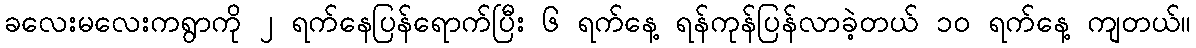
ခလေးမလေးကရွာကို ၂ ရက်နေပြန်ရောက်ပြီး ၆ ရက်နေ့ ရန်ကုန်ပြန်လာခဲ့တယ် ၁၀ ရက်နေ့ ကျတယ်။